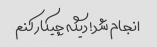
انجام شد! دیگه چیکار کنم